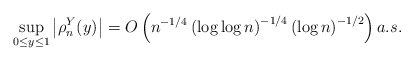
\begin{align*}\sup_{0\leq y\leq 1}\left\vert\rho^Y_n(y)\right\vert = O\left(n^{-1/4}\left(\log\log n \right)^{-1/4}\left(\log n\right)^{-1/2}\right) a.s.\end{align*}